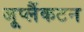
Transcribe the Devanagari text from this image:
जूप्लैंकटन